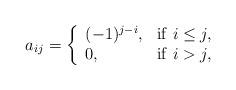
LaTeX: \begin{align*}a_{ij}=\left \{ \begin{array}{lr}(-1)^{j-i}, & {\rm if}~ i \leq j, \\ 0, & {\rm if}~ i>j,\end{array} \right.\end{align*}